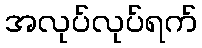
အလုပ်လုပ်ရက်